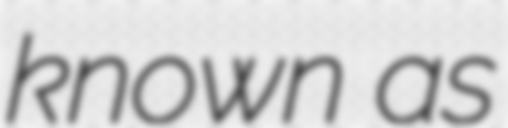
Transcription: known as